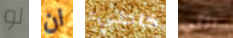
لو ان خاطيء التي